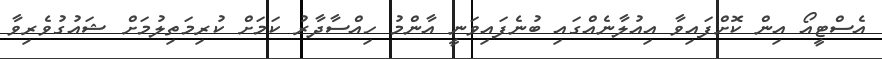
އެސްޓީއޯ އިން ކޮށްފައިވާ އިއުލާނެއްގައި ބުނެފައިވަނީ އާންމު ހިއްސާދާރު ކަމަށް ކުރިމަތިލުމަށް ޝައުގުވެރިވާ